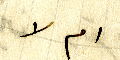
ام لا